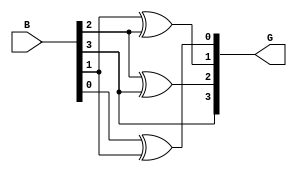
module gray_code_encoder #(parameter n = 4) (
    input  [n-1:0] B,  // n-bit binary input
    output [n-1:0] G   // n-bit Gray code output
);

// Assigning the most significant bit (MSB) of Gray code directly from binary input
assign G[n-1] = B[n-1];

// Generating the Gray code by performing XOR operations
genvar i;
generate
    for (i = n-2; i >= 0; i = i - 1) begin : gray_code_logic
        assign G[i] = B[i] ^ B[i+1];
    end
endgenerate

endmodule